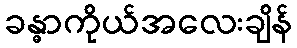
ခန္ဓာကိုယ်အလေးချိန်